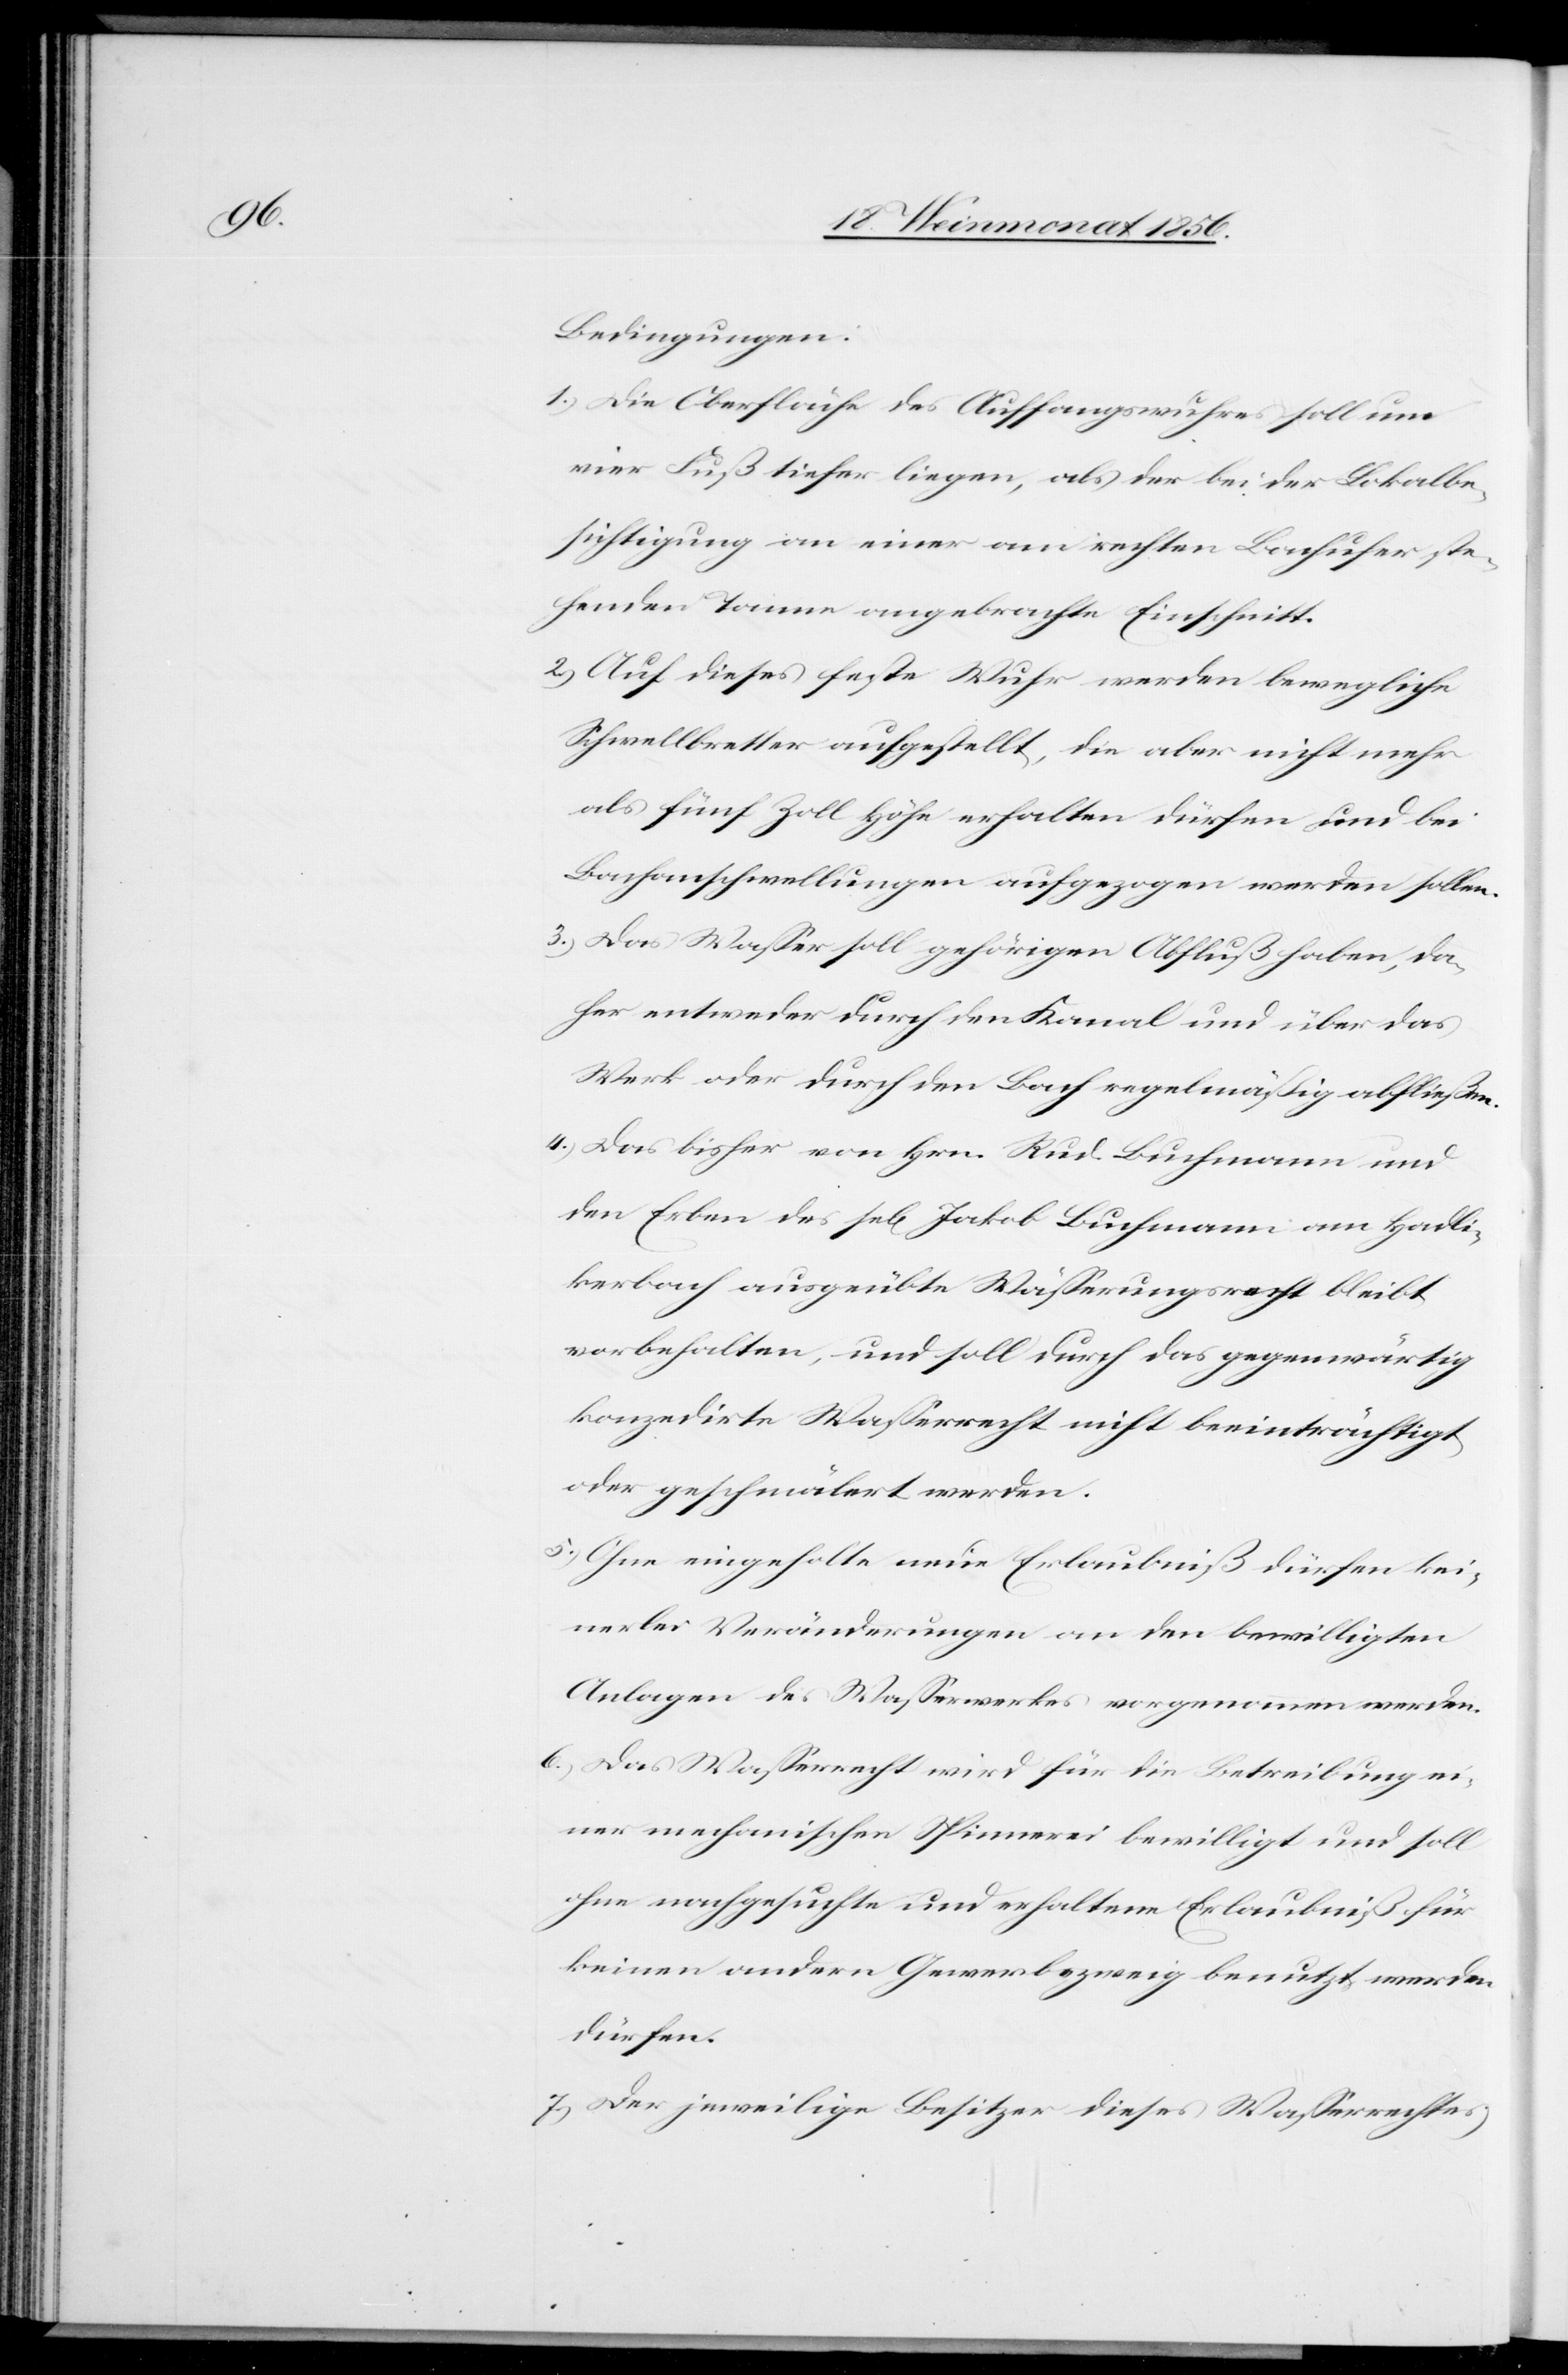
Bedingungen:
1.) Die Oberfläche des Auffangswuhres soll um
vier Fuß tiefer liegen, als der bei der Lokalbe¬
sichtigung an einer am rechten Bachufer ste¬
henden Tanne angebrachte Einschnitt.
2.) Auf dieses feste Wuhr werden bewegliche
Schwellbretter aufgestellt, die aber nicht mehr
als fünf Zoll Höhe erhalten dürfen und bei
Bachanschwellungen aufgezogen werden sollen.
3.) Das Wasser soll gehörigen Abfluß haben, da¬
her entweder durch den Kanal und über das
Werk oder durch den Bach regelmäßig abfließen.
4.) Das bisher von Hrn. Rud. Buchmann und
den Erben des sel[igen] Jakob Buchmann am Hadli¬
kerbach ausgeübte Wässerungsrecht bleibt
vorbehalten, und soll durch das gegenwärtig
konzedirte Wasserrecht nicht beeinträchtigt
oder geschmälert werden.
5.) Ohne eingehaltene neue Erlaubniß dürfen kei¬
nerlei Veränderungen an den bewilligten
Anlagen des Wasserwerkes vorgenommen werden.
6.) Das Wasserrecht wird für die Betreibung ei¬
ner mechanischen Spinnerei bewilligt und soll
ohne nachgesuchte und erhaltene Erlaubniß für
keinen andern Gewerbszweig benutzt werden
dürfen.
7.) Der jeweilige Besitzer dieses Wasserrechtes